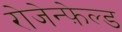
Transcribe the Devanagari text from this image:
रोजेन्फ़ेल्ड